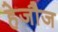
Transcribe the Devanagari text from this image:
हेजौज